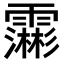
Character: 𮦺